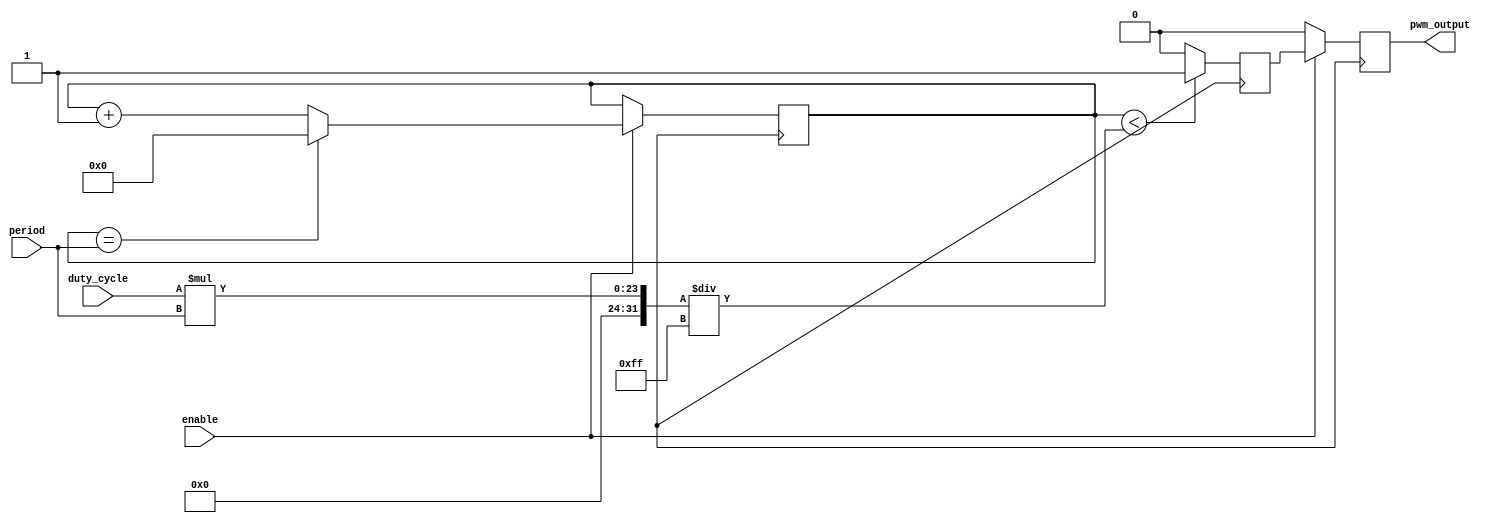
module PWM_Timer (
    input wire enable,
    input wire [7:0] duty_cycle,
    input wire [15:0] period,
    output reg pwm_output
);

reg [15:0] counter;
reg comparator_output;
reg sync_output;

always @ (posedge clk) begin
    if (enable) begin
        if (counter == period) begin
            counter <= 0;
        end else begin
            counter <= counter + 1;
        end
    end
end

always @ (*) begin
    if (counter < (duty_cycle * period) / 255) begin
        comparator_output = 1;
    end else begin
        comparator_output = 0;
    end
end

always @ (posedge clk) begin
    sync_output <= comparator_output;
end

always @ (posedge clk) begin
    if (enable) begin
        pwm_output <= sync_output;
    end else begin
        pwm_output <= 0;
    end
end

endmodule